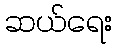
ဆယ်ရေး